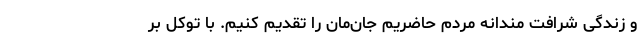
و زندگی شرافت مندانه مردم حاضریم جان‌مان را تقدیم کنیم. با توکل بر